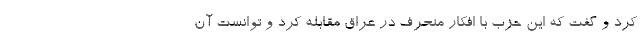
کرد و گفت که این حزب با افکار منحرف در عراق مقابله کرد و توانست آن